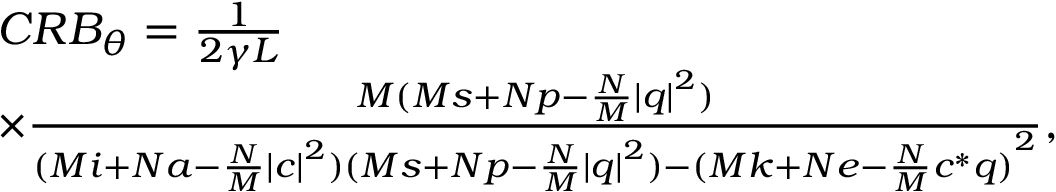
\begin{array} { r l } & { C R { B _ { \theta } } = \frac { 1 } { { 2 \gamma L } } } \\ & { \times \frac { { M ( { M s + N p - \frac { N } { M } { | q | } ^ { 2 } } ) } } { { { ( { M i + N a - \frac { N } { M } { { | c | } ^ { 2 } } } ) ( { M s + N p - \frac { N } { M } { { | q | } ^ { 2 } } } ) - { { ( { M k + N e - \frac { N } { M } { c ^ { * } } q } ) } ^ { 2 } } } } } , } \end{array}